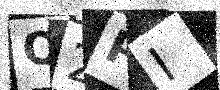
Text: O2PI